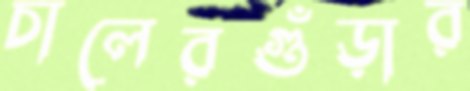
চালেরগুঁড়ার